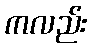
ကလည်း